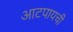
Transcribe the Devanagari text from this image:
आटपायची